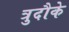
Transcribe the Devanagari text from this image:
त्रुदौके